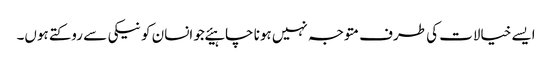
ایسے خیالات کی طرف متوجہ نہیں ہونا چاہیئےجو انسان کو نیکی سے روکتے ہوں۔